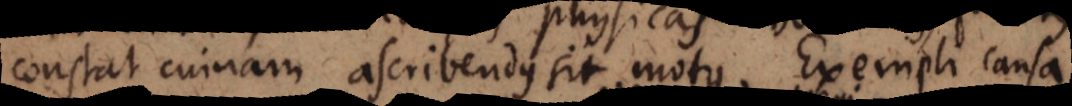
constat cuinam ascribendus sit motus. Exempli causa